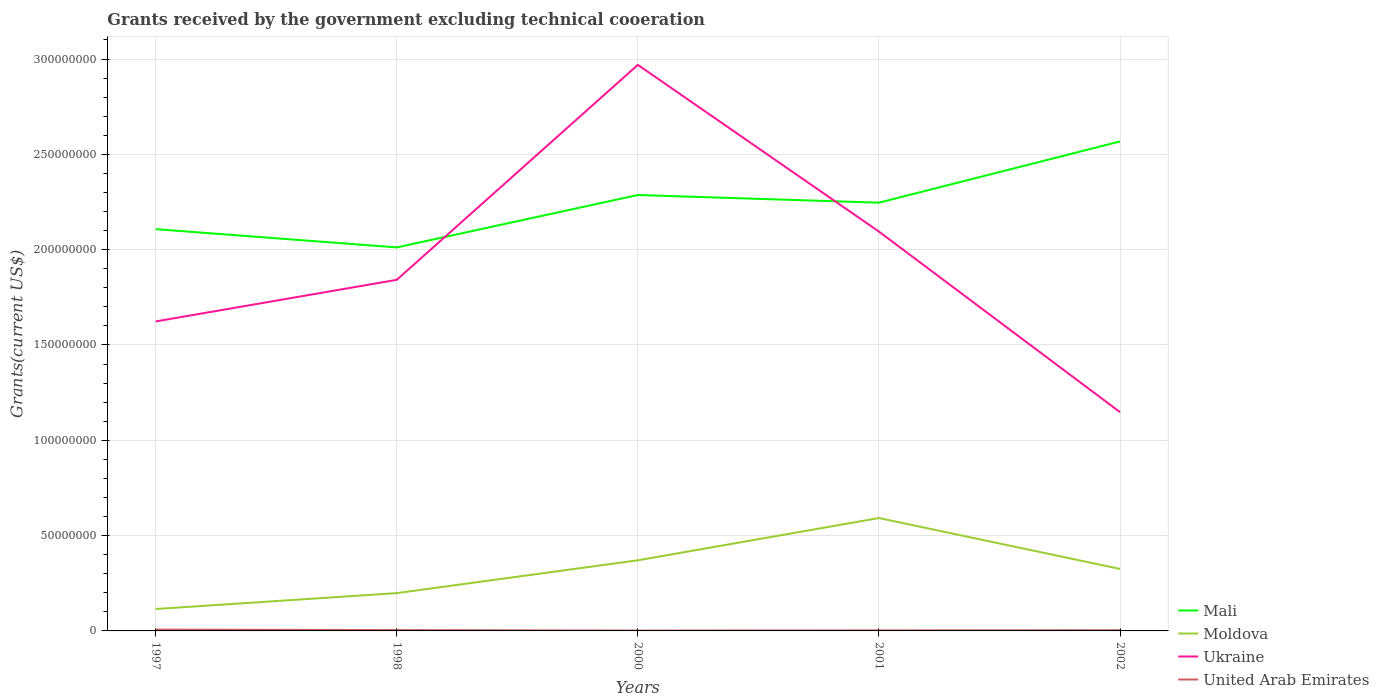
| Years | Mali | Moldova | Ukraine | United Arab Emirates |
 | --- | --- | --- | --- | --- |
 | 1997 | 2.11e+08 | 1.15e+07 | 1.62e+08 | 6.9e+05 |
 | 1998 | 2.01e+08 | 1.98e+07 | 1.84e+08 | 4.5e+05 |
 | 2000 | 2.29e+08 | 3.7e+07 | 2.97e+08 | 1.7e+05 |
 | 2001 | 2.25e+08 | 5.92e+07 | 2.09e+08 | 2.8e+05 |
 | 2002 | 2.57e+08 | 3.25e+07 | 1.15e+08 | 3.6e+05 |